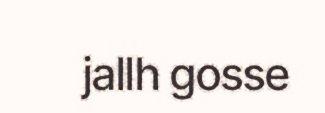
jallh gosse